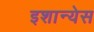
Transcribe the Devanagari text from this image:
इशान्येस